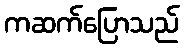
ကဆက်ပြောသည်